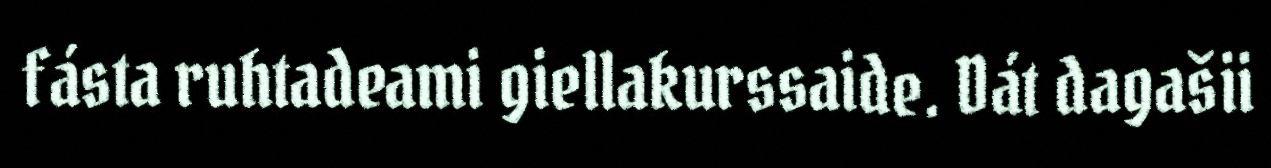
fásta ruhtadeami giellakurssaide. Dát dagašii